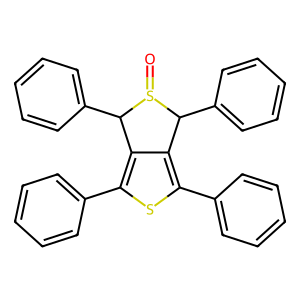
SMILES: O=S1C(c2ccccc2)c2c(-c3ccccc3)sc(-c3ccccc3)c2C1c1ccccc1
Inhibits HIV replication: No